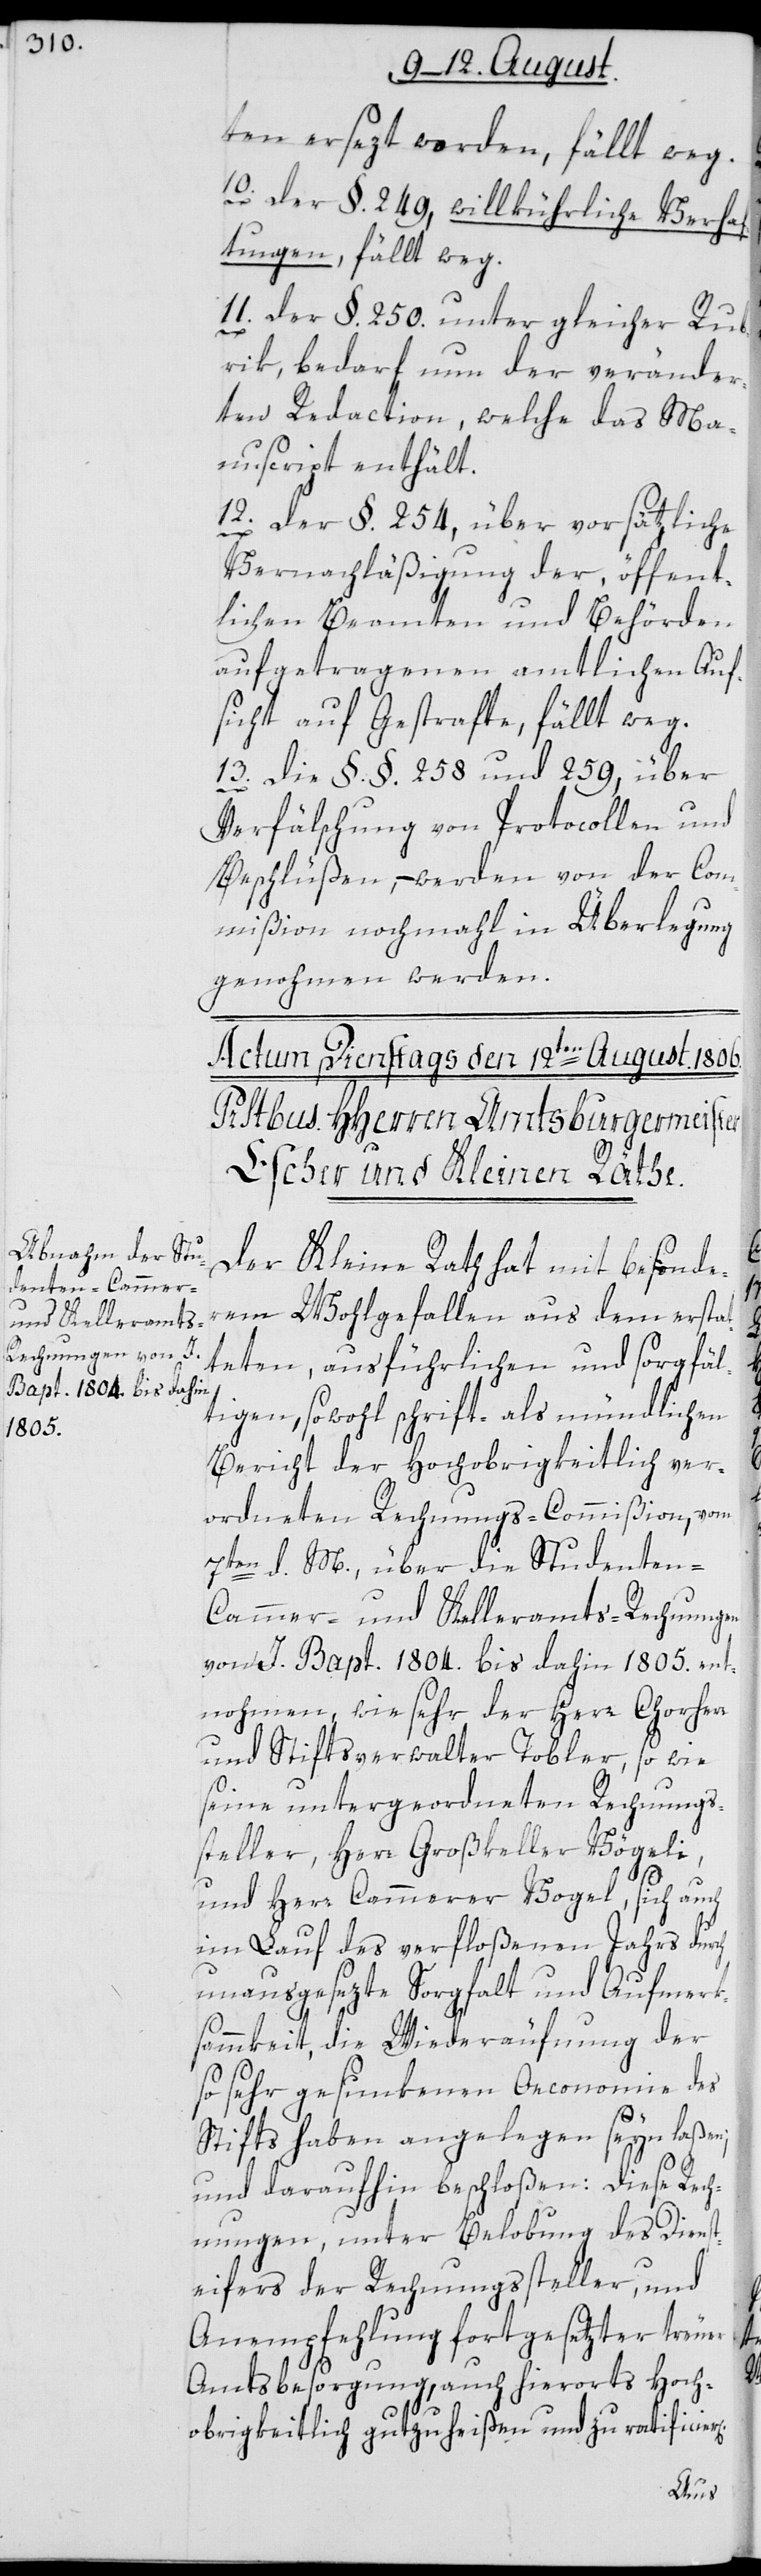
ten ersezt worden, fällt weg.
10. Der § 249, willkührliche Verhaf¬
tungen, fällt weg.
11. Der §. 250. unter gleicher Rub¬
rik, bedarf nun der veränder¬
ten Redaction, welche das Ma¬
nuscript enthält.
12. Der §. 254, über vorsätzliche
Vernachläßigung der, öffent¬
lichen Beamten und Behörden
aufgetragenen amtlichen Auf¬
sicht auf Gestrafte, fällt weg.
13. Die §§. 258 und 259, über
Verfälschung von Protocollen und
Beschlüßen, – werden von der Com¬
mißion nochmahl in Überlegung
genohmen werden.
Der Kleine Rath hat mit besonder¬
em Wohlgefallen aus dem erstat¬
teten, ausführlichen und sorgfäl¬
tigen, sowohl schrift- als mündlichen
Bericht der Hochobrigkeitlich ver¬
ordneten Rechnungs-Commißion, vom
7ten d. M., über die Studenten-C¬
ammer- und Kelleramts-Rechnungen
von J. Bapt. 1804. bis dahin 1805. ent¬
nohmen, wie sehr der Herr Chorher¬
und Stiftsverwalter Tobler, so wie
seine untergeordneten Rechnungs¬
steller, Herr Großkeller Vögeli,
und Herr Cammerer Vogel, sich auch
im Lauf des verfloßenen Jahrs durch
unausgesezte Sorgfalt und Aufmerk¬
sammkeit , die Wiederäufnung der
so sehr gesunkenen Oeconomie des
Stifts haben angelegen seyn laßen;
und daraufhin beschloßen: Diese Rech¬
nungen, unter Belobung des Dienst¬
eifers der Rechnungssteller, und
Anempfehlung fortgesetzter treuer
Amtsbesorgung, auch hierorts Hoch¬
r
obrigkeitlich gutzuheißen und zu ratificie¬
r[en].